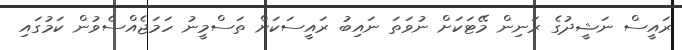
ރައީސް ނަޝީދުގެ ރަނިން މޭޓަކަށް ނުވަތަ ނައިބު ރައީސަކަށް ތަސްމީނު ހަމަޖެއްސެވުން ކަމުގައި